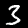
Digit: 3